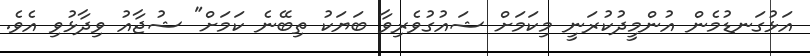
އަޅުގަނޑުމެން އުންމީދުކުރަނީ މިކަމަށް ޝައުގުވެރިވާ ބަޔަކު ތިބޭނެ ކަމަށް" ޝުޖާއު ވިދާޅުވި އެވެ.